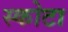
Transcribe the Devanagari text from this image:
स्कोटा